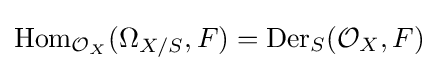
\operatorname {Hom} _{{\mathcal {O}}_{X}}(\Omega _{X/S},F)=\operatorname {Der} _{S}({\mathcal {O}}_{X},F)